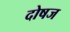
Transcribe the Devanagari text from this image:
दोषज